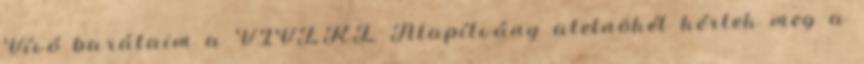
Vívó barátaim a VIVERE Alapítvány alelnökét kértek meg a